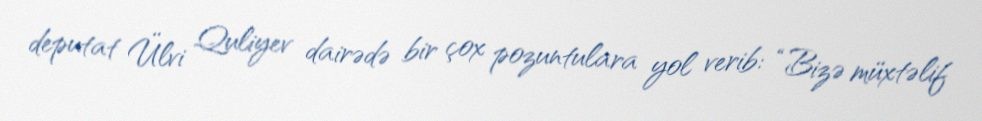
deputat Ülvi Quliyev dairədə bir çox pozuntulara yol verib: “Bizə müxtəlif